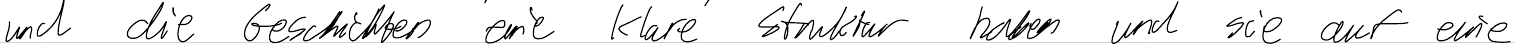
und die Geschichten eine klare Struktur haben und sie auf eine